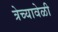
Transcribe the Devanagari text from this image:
त्रेच्यावेळी